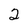
Character: 2